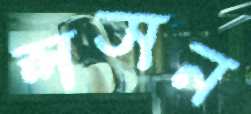
লসন